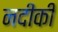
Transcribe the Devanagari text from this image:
नदीकी